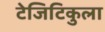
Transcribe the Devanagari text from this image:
टेजिटिकुला